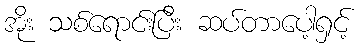
အိုး သစ်ရောင်းပြီး ဆပ်တာပေါ့ရှင့်